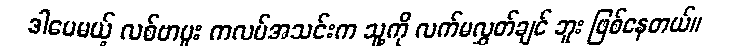
ဒါပေမယ့် လစ်ဗာပူး ကလပ်အသင်းက သူ့ကို လက်မလွှတ်ချင် ဘူး ဖြစ်နေတယ်။